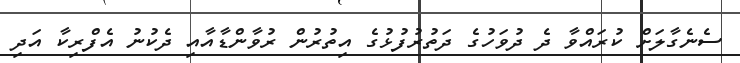
ސެނެގާލަށް ކުރައްވާ ދެ ދުވަހުގެ ދަތުރުފުޅުގެ އިތުރުން ރުވާންޑާއާއި ދެކުނު އެފްރިކާ އަދި